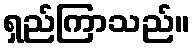
ရှည်ကြာသည်။